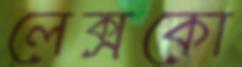
লেক্সকো